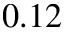
0 . 1 2